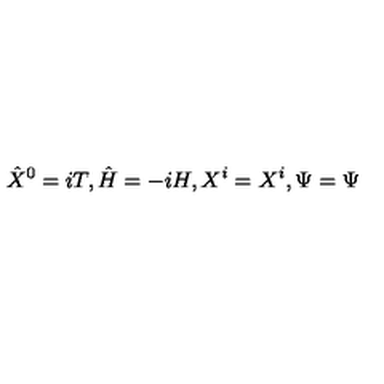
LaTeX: { \hat { X } } ^ { 0 } = i T , { \hat { H } } = - i H , X ^ { i } = X ^ { i } , \Psi = \Psi